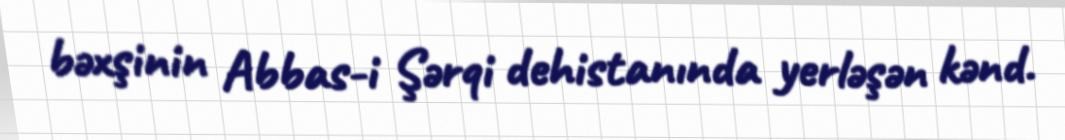
bəxşinin Abbas-i Şərqi dehistanında yerləşən kənd.